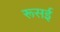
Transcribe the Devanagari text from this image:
रूसई